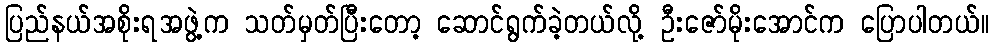
ပြည်နယ်အစိုးရအဖွဲ့က သတ်မှတ်ပြီးတော့ ဆောင်ရွက်ခဲ့တယ်လို့ ဦးဇော်မိုးအောင်က ပြောပါတယ်။